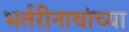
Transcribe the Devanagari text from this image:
भर्तरीनाथांच्या